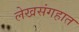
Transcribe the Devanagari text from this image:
लेखसंगहात